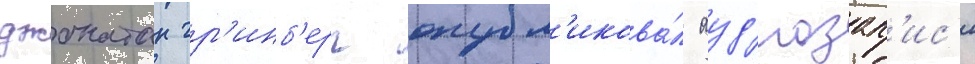
джонатан гр'инб'ерг опубл'икова́л ауд'иозап'ис'и